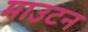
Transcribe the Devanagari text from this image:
माउटन